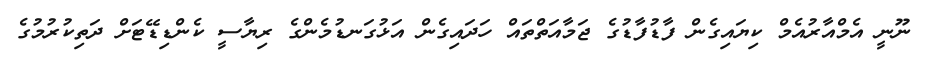
ނޫނީ އެމްއާރުއެމް ކިޔައިގެން ފާޑުފާޑުގެ ޖަމާއަތްތައް ހަދައިގެން އަޅުގަނޑުމެންގެ ރިޔާސީ ކެންޑިޑޭޓަށް ދަތިކުރުމުގެ